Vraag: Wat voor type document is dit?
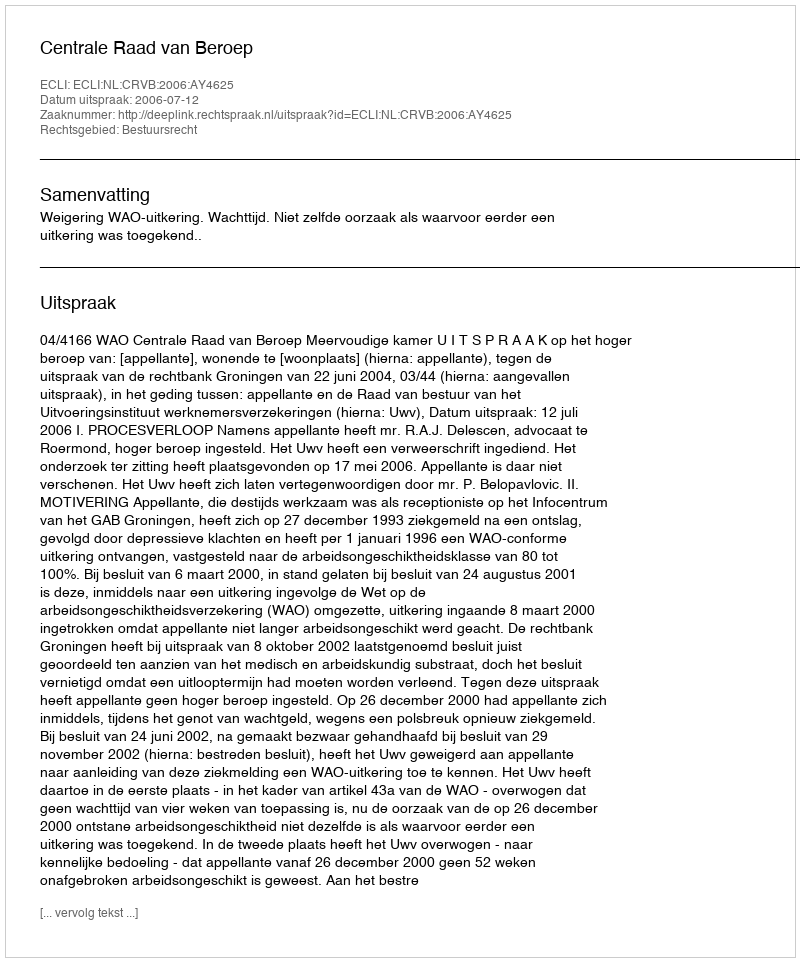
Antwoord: Uitspraak